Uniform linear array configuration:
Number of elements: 64
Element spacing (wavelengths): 0.75
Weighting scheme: uniform
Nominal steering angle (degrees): -45
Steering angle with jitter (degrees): -46.709
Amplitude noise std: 0.05
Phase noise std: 0.05

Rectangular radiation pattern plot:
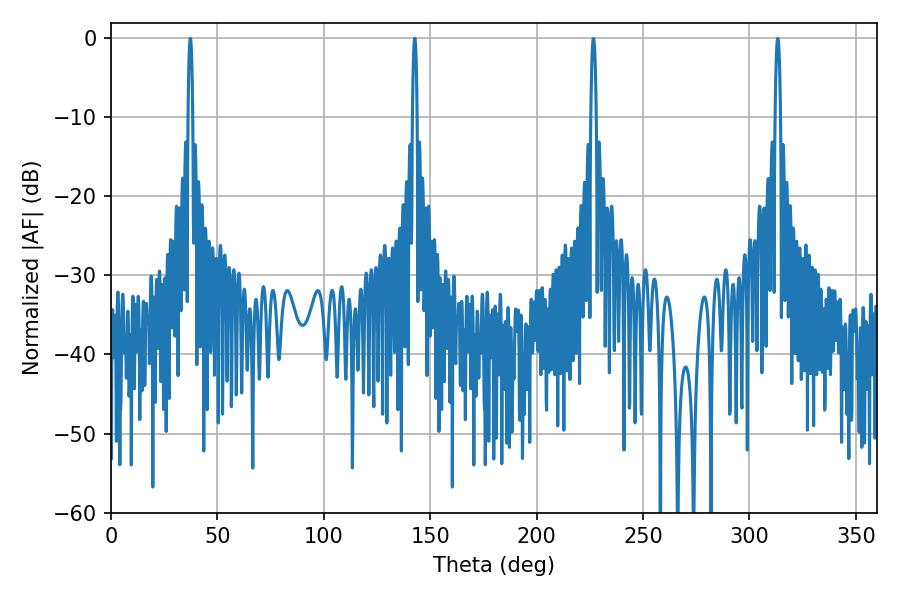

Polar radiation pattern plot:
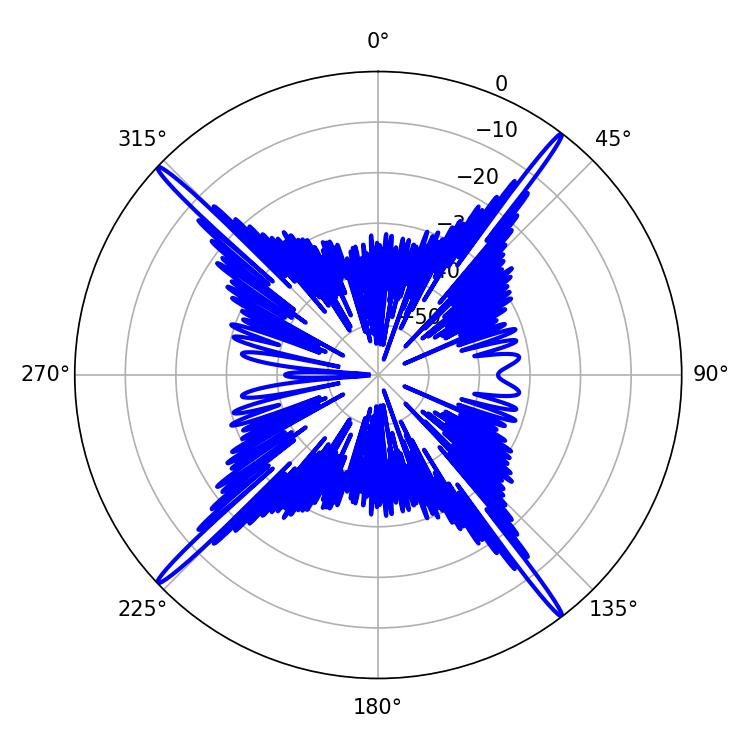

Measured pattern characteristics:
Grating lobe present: TRUE
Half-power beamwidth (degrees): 1.08
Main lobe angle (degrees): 37.26